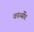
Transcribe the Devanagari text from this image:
कार्ब्योर